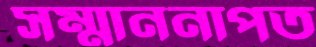
সম্মাননাপত